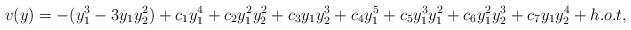
LaTeX: \begin{align*}v(y) = -(y_1^3 - 3y_1 y_2^2) + c_1 y_1^4 + c_2 y_1^2 y_2^2 + c_3 y_1 y_2^3 + c_4 y_1^5 + c_5 y_1^3 y_1^2 + c_6 y_1^2 y_2^3 + c_7 y_1 y_2^4 + h.o.t,\end{align*}